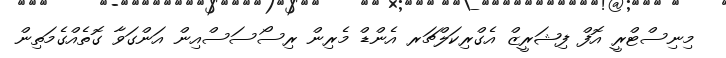
މިނިސްޓްރީ އޮފް ފިޝަރީޒް އެގްރިކަލްޗަރ އެންޑް މެރިން ރިސޯސަސްއިން އަންގަވާ ގޮތެއްގެމަތިން